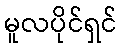
မူလပိုင်ရှင်